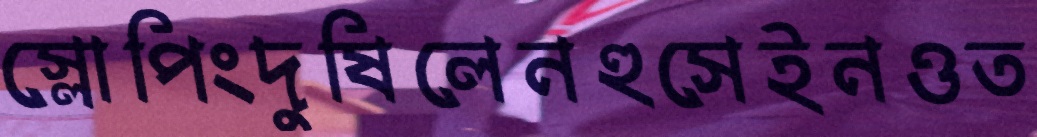
স্লোপিংদুষিলেনহুসেইনওত